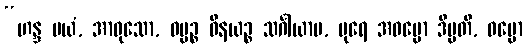
“ဟန္ဒ မယံ, အာဝုသော, ဓမ္မဉ္စ ဝိနယဉ္စ သင်္ဂါယာမ, ပုရေ အဓမ္မော ဒိပ္ပတိ, ဓမ္မော